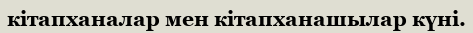
кітапханалар мен кітапханашылар күні.